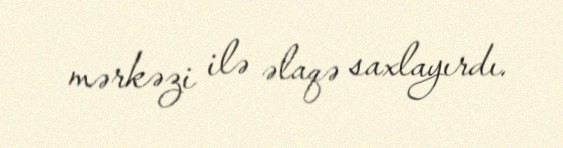
mərkəzi ilə əlaqə saxlayırdı.